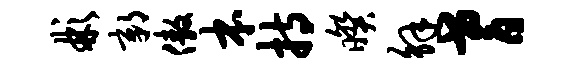
彬鄣傲本持暌解耆